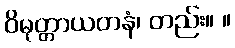
ဝိမုတ္တာယတနံ၊ တည်း။ ။